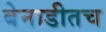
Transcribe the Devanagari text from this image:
बेनाडीतच